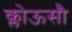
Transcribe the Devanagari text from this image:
क्लोऊसौ